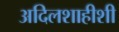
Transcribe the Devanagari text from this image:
अदिलशाहीशी